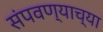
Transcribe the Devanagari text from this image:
संपवण्याच्या